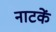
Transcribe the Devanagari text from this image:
नाटकें